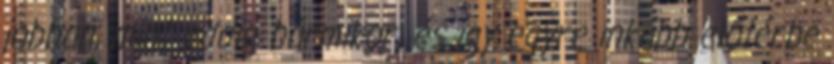
jobban, mint eddig bármikor, és így egyre inkább előtérbe